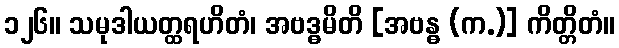
၁၂၆။ သမုဒါယတ္ထရဟိတံ၊ အဗဒ္ဓမိတိ [အဗန္ဓ (က.)] ကိတ္တိတံ။